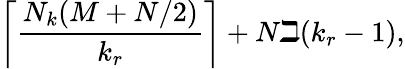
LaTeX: \left\lceil\frac{N_{k}(M+N/2)}{k_{r}}\right\rceil+N\beth(k_{r}-1),